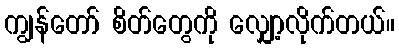
ကျွန်တော် စိတ်တွေကို လျှော့လိုက်တယ်။